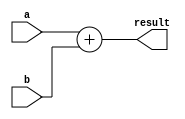
module adder(
	input [31:0] a, 
	input [31:0] b, 
	output [31:0] result
);
	assign result = a + b;
	
endmodule